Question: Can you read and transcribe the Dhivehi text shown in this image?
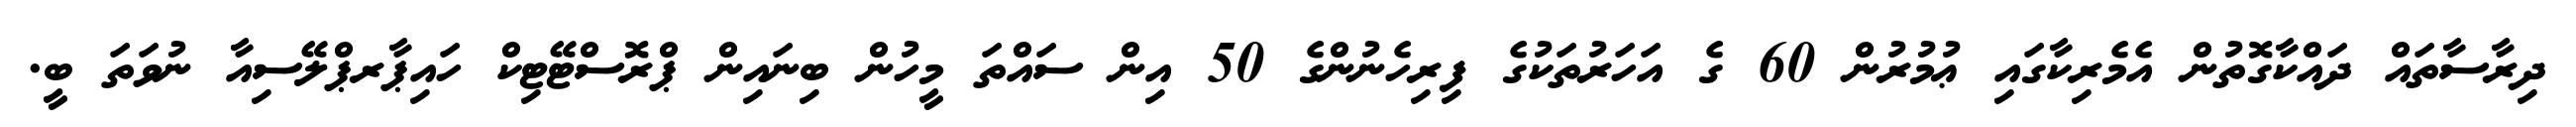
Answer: ދިރާސާތައް ދައްކާގޮތުން އެމެރިކާގައި ޢުމުރުން 60 ގެ އަހަރުތަކުގެ ފިރިހެނުންގެ 50 އިން ސައްތަ މީހުން ބިނައިން ޕްރޮސްޓޭޓިކް ހައިޕާރޕްލޭސިއާ ނުވަތަ ބީ.